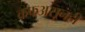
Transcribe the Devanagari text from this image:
कफअसूनही